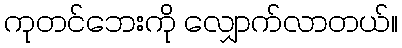
ကုတင်ဘေးကို လျှောက်လာတယ်။